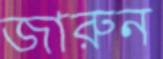
জারুন